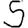
Digit: 5